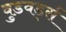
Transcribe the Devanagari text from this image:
वुडवर्ड्स